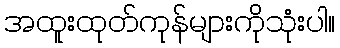
အထူးထုတ်ကုန်များကိုသုံးပါ။